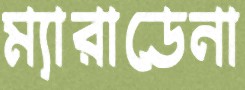
ম্যারাডেনা